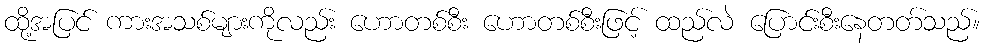
ထို့အပြင် ကားအသစ်များကိုလည်း ဟောတစ်စီး ဟောတစ်စီးဖြင့် ထည်လဲ ပြောင်းစီးနေတတ်သည်။